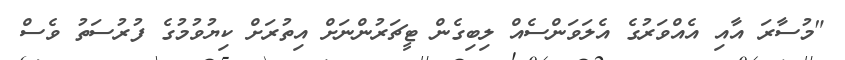
"މުސާރަ އާއި އެއްވަރުގެ އެލަވަންސެއް ލިބިގެން ޓީޗަރުންނަށް އިތުރަށް ކިޔުވުމުގެ ފުރުސަތު ވެސް